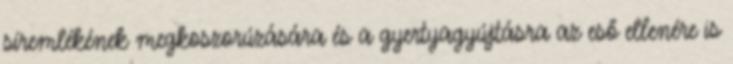
síremlékének megkoszorúzására és a gyertyagyújtásra az eső ellenére is